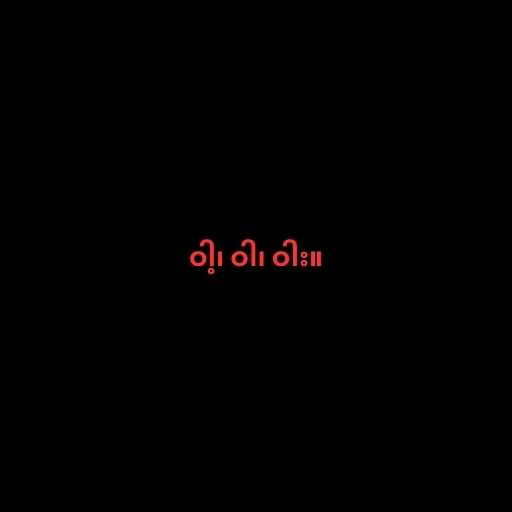
ဝါ့၊ ဝါ၊ ဝါး။